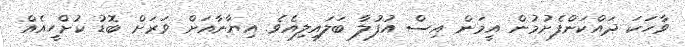
ވާހަކަ ދައްކަންފެށުމުން އީމަން އިސް އުފުލާ ބަލައިލިއެވެ. އިޔާނާއަށް ވަރަށް ބޮޑު ކުށްހީއެއް